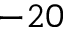
- 2 0